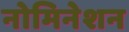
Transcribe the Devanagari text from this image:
नोमिनेशन